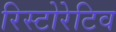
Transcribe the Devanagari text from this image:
रिस्टोरेटिव